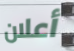
أعلان